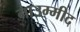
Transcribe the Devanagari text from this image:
नाउम्मीद